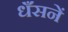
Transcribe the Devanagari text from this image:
धँसनें